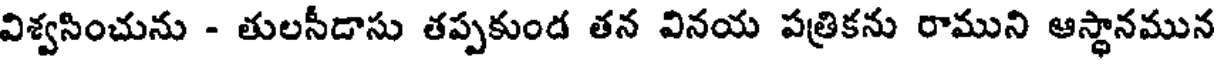
విశ్వసించును - తులసీడాసు తప్పకుండ తన వినయ పత్రికను రాముని ఆస్థానమున